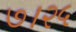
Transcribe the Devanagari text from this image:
७।२५